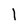
Character: 1